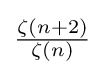
\textstyle {{\zeta (n+2)} \over {\zeta (n)}}